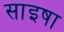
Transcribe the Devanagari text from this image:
साइषा